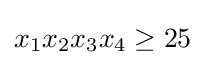
x_{1}x_{2}x_{3}x_{4}\geq 25